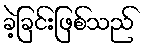
ခဲ့ခြင်းဖြစ်သည်